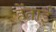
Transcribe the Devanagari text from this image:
हेंताई